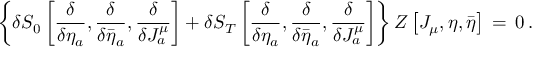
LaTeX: \left\{ \delta S _ { 0 } \left[ { \frac { \delta } { \delta \eta _ { a } } } , { \frac { \delta } { \delta \bar { \eta } _ { a } } } , { \frac { \delta } { \delta J _ { a } ^ { \mu } } } \right] + \delta S _ { T } \left[ { \frac { \delta } { \delta \eta _ { a } } } , { \frac { \delta } { \delta \bar { \eta } _ { a } } } , { \frac { \delta } { \delta J _ { a } ^ { \mu } } } \right] \right\} Z \left[ J _ { \mu } , \eta , \bar { \eta } \right] \, = \, 0 \, .